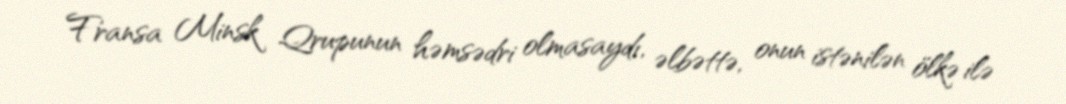
Fransa Minsk Qrupunun həmsədri olmasaydı, əlbəttə, onun istənilən ölkə ilə